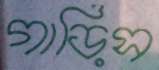
গাড়িস